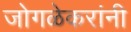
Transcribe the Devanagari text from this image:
जोगळेकरांनी